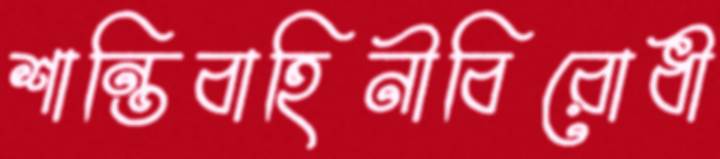
শান্তিবাহিনীবিরোধী